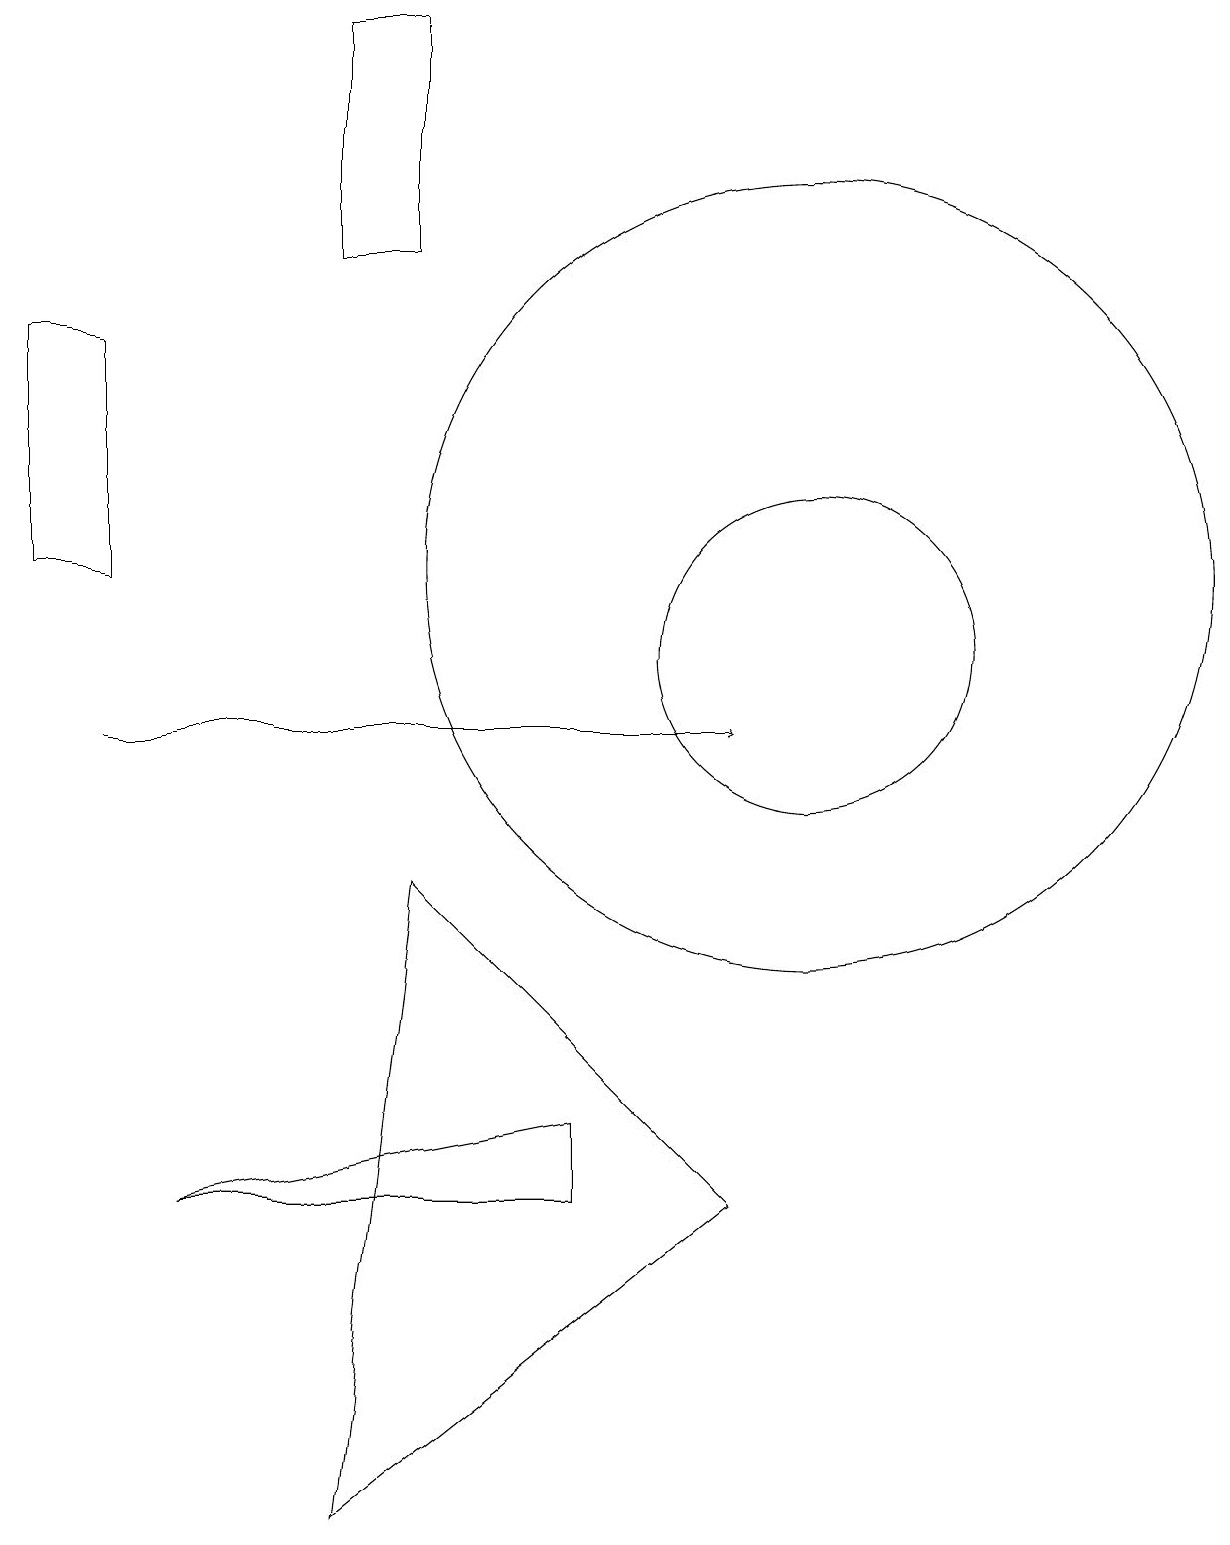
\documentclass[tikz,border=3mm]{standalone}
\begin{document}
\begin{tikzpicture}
\draw (7,5) -- (2,4) -- (7,4) -- cycle;
\draw[->] (1,10) -- (9,10);
\draw (10,12) circle (5);
\draw (4,19) rectangle (5,16);
\draw (10,11) circle (2);
\draw (0,12) rectangle (1,15);
\draw (5,8) -- (4,0) -- (9,4) -- cycle;
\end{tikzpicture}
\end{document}